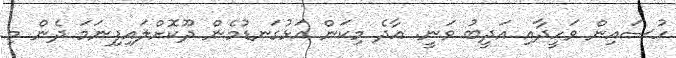
ހުސައިން ވަހީދާއި އަދީބު ވަނީ. އާދެ މިކަން އަޅުގަނޑުމެން ދޫކޮށްލައިފިނަަމަ ދެން މި